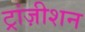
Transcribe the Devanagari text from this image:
ट्रांज़ीशन